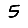
Digit: 5